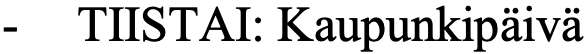
-  TIISTAI: Kaupunkipäivä